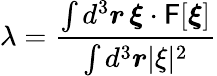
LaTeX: \lambda=\frac{\int d^{3}\boldsymbol{r}\, \boldsymbol{\xi}\cdot\mathsf{F}[\boldsymbol{\xi}]}{\int d^{3}\boldsymbol{r}\lvert\xi\rvert^{2}}